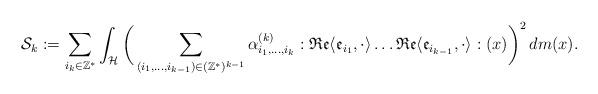
LaTeX: \begin{align*}\mathcal{S}_k:=\sum_{i_k\in \mathbb{Z}^*}\int_{\mathcal{H}}\bigg(\sum_{(i_1,\dots, i_{k-1})\in (\mathbb{Z}^*)^{k-1}}\alpha_{i_1,\dots, i_k}^{(k)}:\mathfrak{Re}\langle \mathfrak{e}_{i_1},\cdot\rangle \dots \mathfrak{Re}\langle \mathfrak{e}_{i_{k-1}},\cdot\rangle :(x)\bigg)^2\,dm(x).\end{align*}